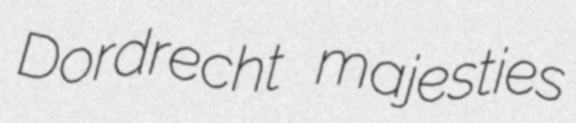
Dordrecht majesties